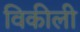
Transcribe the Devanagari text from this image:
विकीली